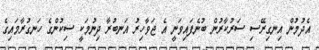
އެދުމުން އިނގިރޭސި ސަރުކާރުން ބުނެފައިވަނީ އެ ޖަވާހިރު އަނބުރާ ދިނުމަކީ ސިކުންގެ ހަނގުރާމައިގެ